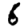
Digit: 6